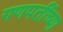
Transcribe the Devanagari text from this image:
गणपतींच्या